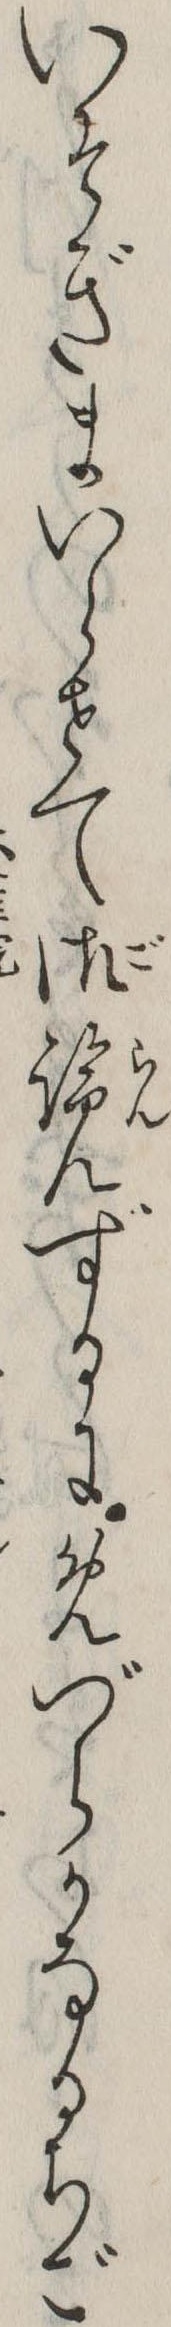
いそぎまいらせて御覧ずるにめづらかなるちご